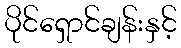
ပိုင်ရှောင်ချန်းနှင့်